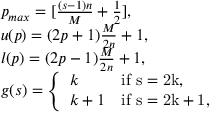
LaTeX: \begin{array} { l } { { p _ { m a x } = [ \frac { ( s - 1 ) n } { M } + \frac { 1 } { 2 } ] , } } \\ { { u ( p ) = ( 2 p + 1 ) \frac { M } { 2 n } + 1 , } } \\ { { l ( p ) = ( 2 p - 1 ) \frac { M } { 2 n } + 1 , } } \\ { { g ( s ) = \left\{ \begin{array} { l l } { { k } } & { { \mathrm { i f ~ s = 2 k , } } } \\ { { k + 1 } } & { { \mathrm { i f ~ s = 2 k + 1 , } } } \end{array} \right. } } \end{array}